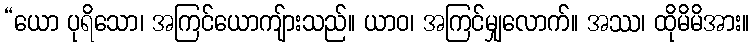
“ယော ပုရိသော၊ အကြင်ယောကျ်ားသည်။ ယာဝ၊ အကြင်မျှလောက်။ အဿ၊ ထိုမိမိအား။